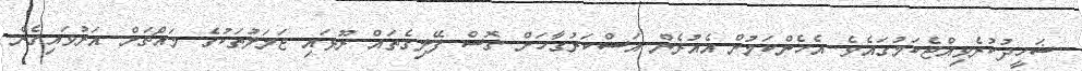
ޝަހީދުކުރެވިއްޖެކަމުގައެވެ. އެހެންކަމުން އެއުރެން އަސްކަރުގާހަށް ގޮސް ފޭލިގެތައް ރޫޅައި ޖަމަލުތަކުގެ މައްޗަށް އަރުވައިގެން